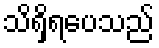
သိရှိရပေသည်